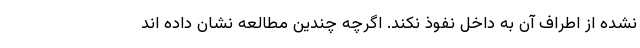
نشده از اطراف آن به داخل نفوذ نکند. اگرچه چندین مطالعه نشان داده اند